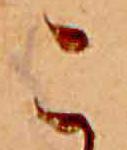
こ